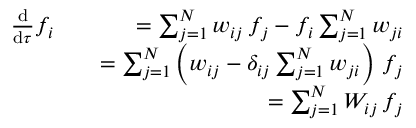
\begin{array} { r l r } { \frac { \mathrm { d } } { \mathrm { d } \tau } f _ { i } } & { } & { = \sum _ { j = 1 } ^ { N } w _ { i j } \, f _ { j } - f _ { i } \sum _ { j = 1 } ^ { N } w _ { j i } } \\ & { } & { = \sum _ { j = 1 } ^ { N } \left( w _ { i j } - \delta _ { i j } \sum _ { j = 1 } ^ { N } w _ { j i } \right) \, f _ { j } } \\ & { } & { = \sum _ { j = 1 } ^ { N } W _ { i j } \, f _ { j } } \end{array}